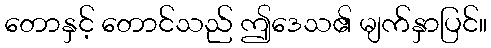
တောနှင့် တောင်သည် ဤဒေသ၏ မျက်နှာပြင်။